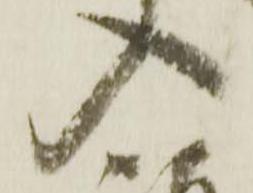
入